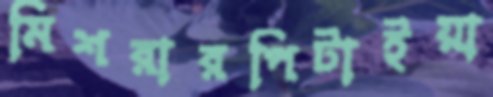
মিশরারপিটাইয়া